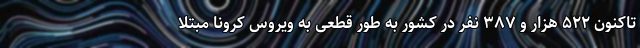
تاکنون ۵۲۲ هزار و ۳۸۷ نفر در کشور به طور قطعی به ویروس کرونا مبتلا